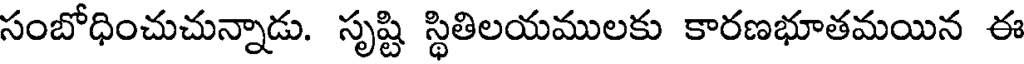
సంబోధించుచున్నాడు. సృష్టి స్థితిలయములకు కారణభూతమయిన ఈ